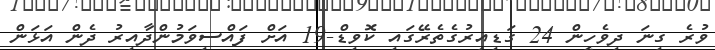
ވުރެ ގިނަ ދިވެހީން 24 ގަޑިއިރުގެތެރޭގައި ކޮވިޑް-19 އަށް ފައްސިވަމުންދާއިރު ދެން އަޅަން